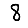
Digit: 8